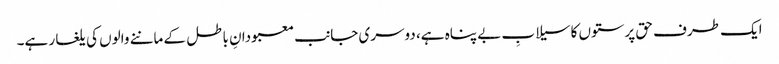
ایک طرف حق پرستوں کاسیلابِ بے پناہ ہے، دوسری جانب معبودانِ باطل کے ماننے والوں کی یلغار ہے۔